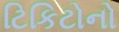
ટિકિટોનો